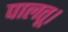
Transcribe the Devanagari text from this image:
पालतू।